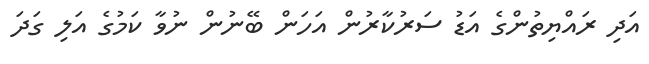
އަދި ރައްޔިތުންގެ އަޑު ސަރުކާރުން އަހަން ބޭނުން ނުވާ ކަމުގެ އަލި ގަދަ